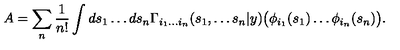
A = \sum _ { n } \frac { 1 } { n ! } \int d s _ { 1 } \ldots d s _ { n } \Gamma _ { i _ { 1 } \ldots i _ { n } } ( s _ { 1 } , \ldots s _ { n } | y ) \bigl ( \phi _ { i _ { 1 } } ( s _ { 1 } ) \ldots \phi _ { i _ { n } } ( s _ { n } ) \bigl ) .